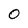
Character: O